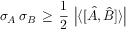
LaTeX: \sigma _ { A } \, \sigma _ { B } \, \geq \, { \frac { 1 } { 2 } } \, \left| \langle [ { \hat { A } } , { \hat { B } } ] \rangle \right|